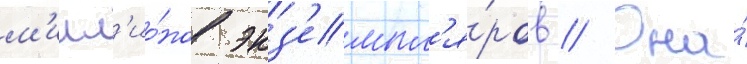
м'илл'ио́нов экз'емпл'я́ров // Она́